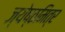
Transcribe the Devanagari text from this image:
ज्येष्ठमित्र